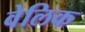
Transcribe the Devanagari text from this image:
वेलिक